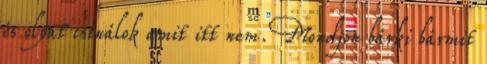
és olyat csinálok amit itt nem. Mondjon bárki bármit